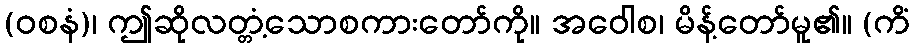
(ဝစနံ)၊ ဤဆိုလတ္တံ့သောစကားတော်ကို။ အဝေါစ၊ မိန့်တော်မူ၏။ (ကိံ